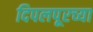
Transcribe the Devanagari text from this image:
दिपलपूरच्या